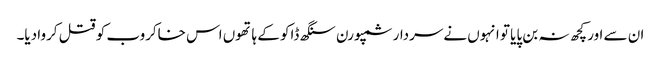
ان سے اور کچھ نہ بن پایا تو انہوں نےسردار سمپورن سنگھ ڈاکو کے ہاتھوں اس خاکروب کو قتل کروا دیا۔